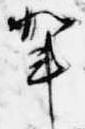
輩